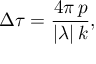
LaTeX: \Delta \tau = \frac { 4 \pi \, p } { | \lambda | \, k } ,